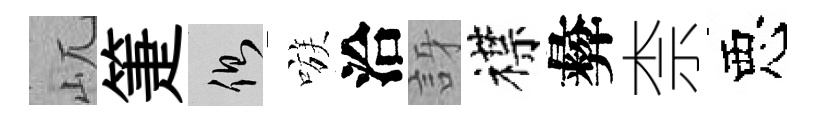
屼箑側嗾洽訝襟彜柰惡